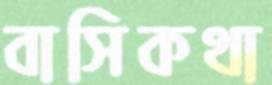
বাসিকথা